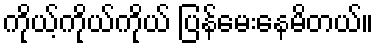
ကိုယ့်ကိုယ်ကိုယ် ပြန်မေးနေမိတယ်။